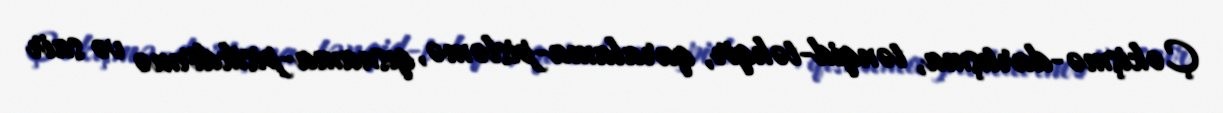
Çəkişmə-dartışma, tənqid-təhqir, qaralama-pisləmə, qısnama-pisikdirmə və sair